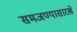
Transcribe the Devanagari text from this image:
समजण्यासारखे